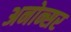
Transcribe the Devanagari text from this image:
अनोन्सर